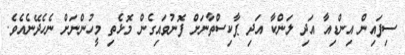
ސިފައިން އިންޑިއާ އަދި ލަންކާ އަދި ޕާކިސްތާނަށް ފޮނުވައިގެން މޮޅެތި މީހުންނަށް ނެހެދޭނެއެވެ.